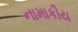
નામાકીય